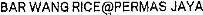
BAR WANG RICE@PERMAS JAYA